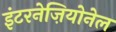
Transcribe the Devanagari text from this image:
इंटरनेज़ियोनेल